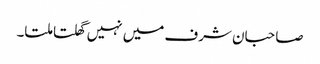
صاحبان شرف میں نہیں گھلتا ملتا۔